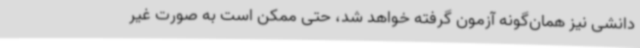
دانشی نیز همان‌گونه آزمون گرفته خواهد شد، حتی ممکن است به صورت غیر